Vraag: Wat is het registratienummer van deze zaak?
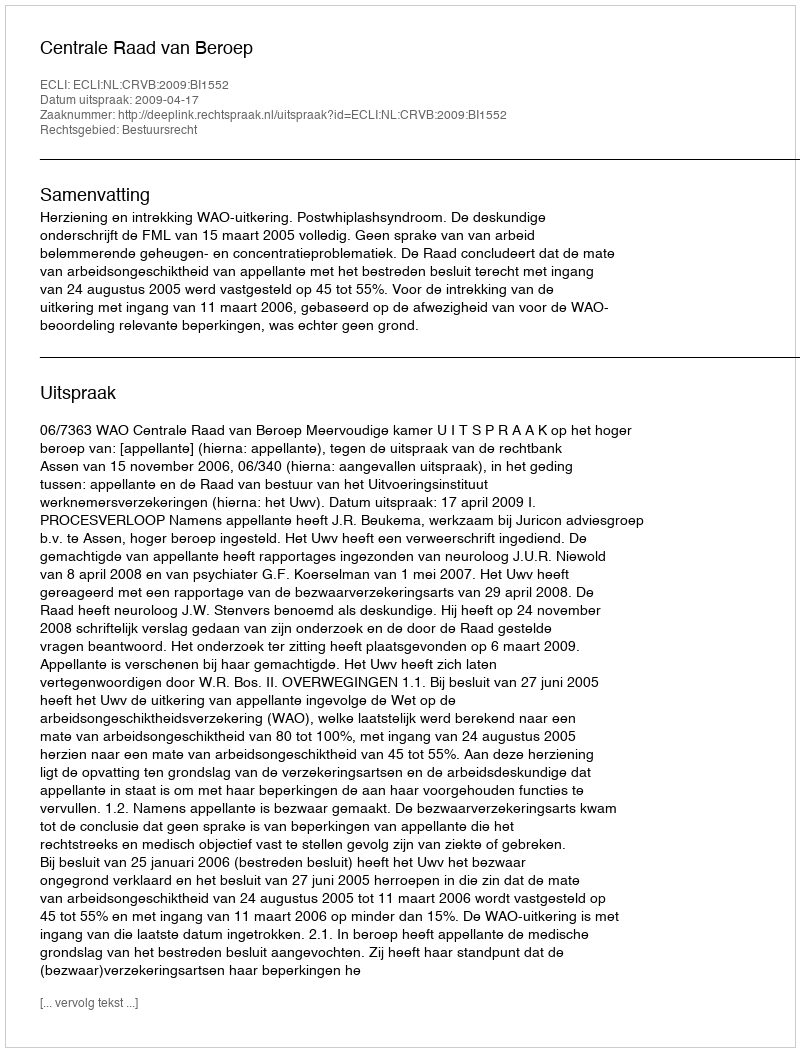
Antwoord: http://deeplink.rechtspraak.nl/uitspraak?id=ECLI:NL:CRVB:2009:BI1552